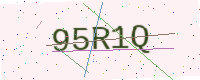
Text: 95R1Q